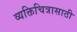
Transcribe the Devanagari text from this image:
व्यक्तिचित्रासाठी